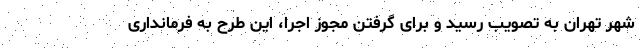
شهر تهران به تصویب رسید و برای گرفتن مجوز اجرا، این طرح به فرمانداری